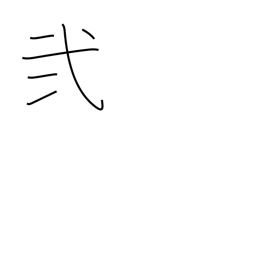
Meaning: II